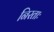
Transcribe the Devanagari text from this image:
निरताः